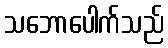
သဘောပေါက်သည်